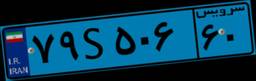
۷۹S۵۰۶۶۰